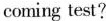
coming test?